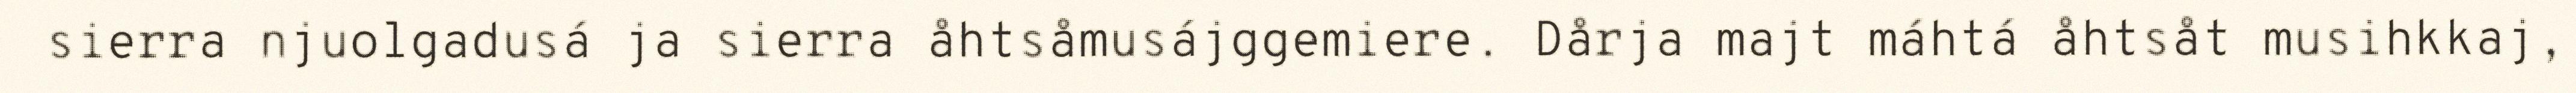
sierra njuolgadusá ja sierra åhtsåmusájggemiere. Dårja majt máhtá åhtsåt musihkkaj,